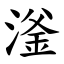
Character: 滏